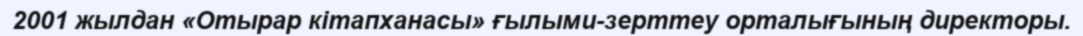
2001 жылдан «Отырар кітапханасы» ғылыми-зерттеу орталығының директоры.